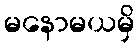
မနောမယမှိ